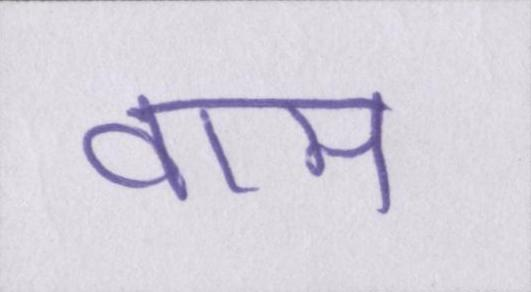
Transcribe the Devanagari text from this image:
वाम